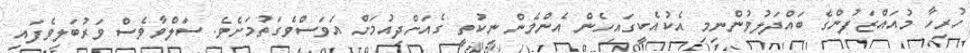
ހުރިހާ މުއައްޒަފުންގެ ބައްދަލުވުންނިމި އެކުއެކީގައިހެން އެންމެން ނިކުތީ ގެއަށްދިއުމަށް އަވަސްވެގަތުމަށެވެ. ސަލްވާވެސް ވަރުބަލިވެފައި